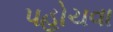
પહોચવા